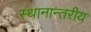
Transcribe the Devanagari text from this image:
स्थानान्तरीय